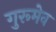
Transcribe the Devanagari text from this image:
गुरूमेव